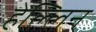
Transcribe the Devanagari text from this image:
हेल्लिन